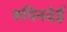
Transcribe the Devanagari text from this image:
रूपिनदेई